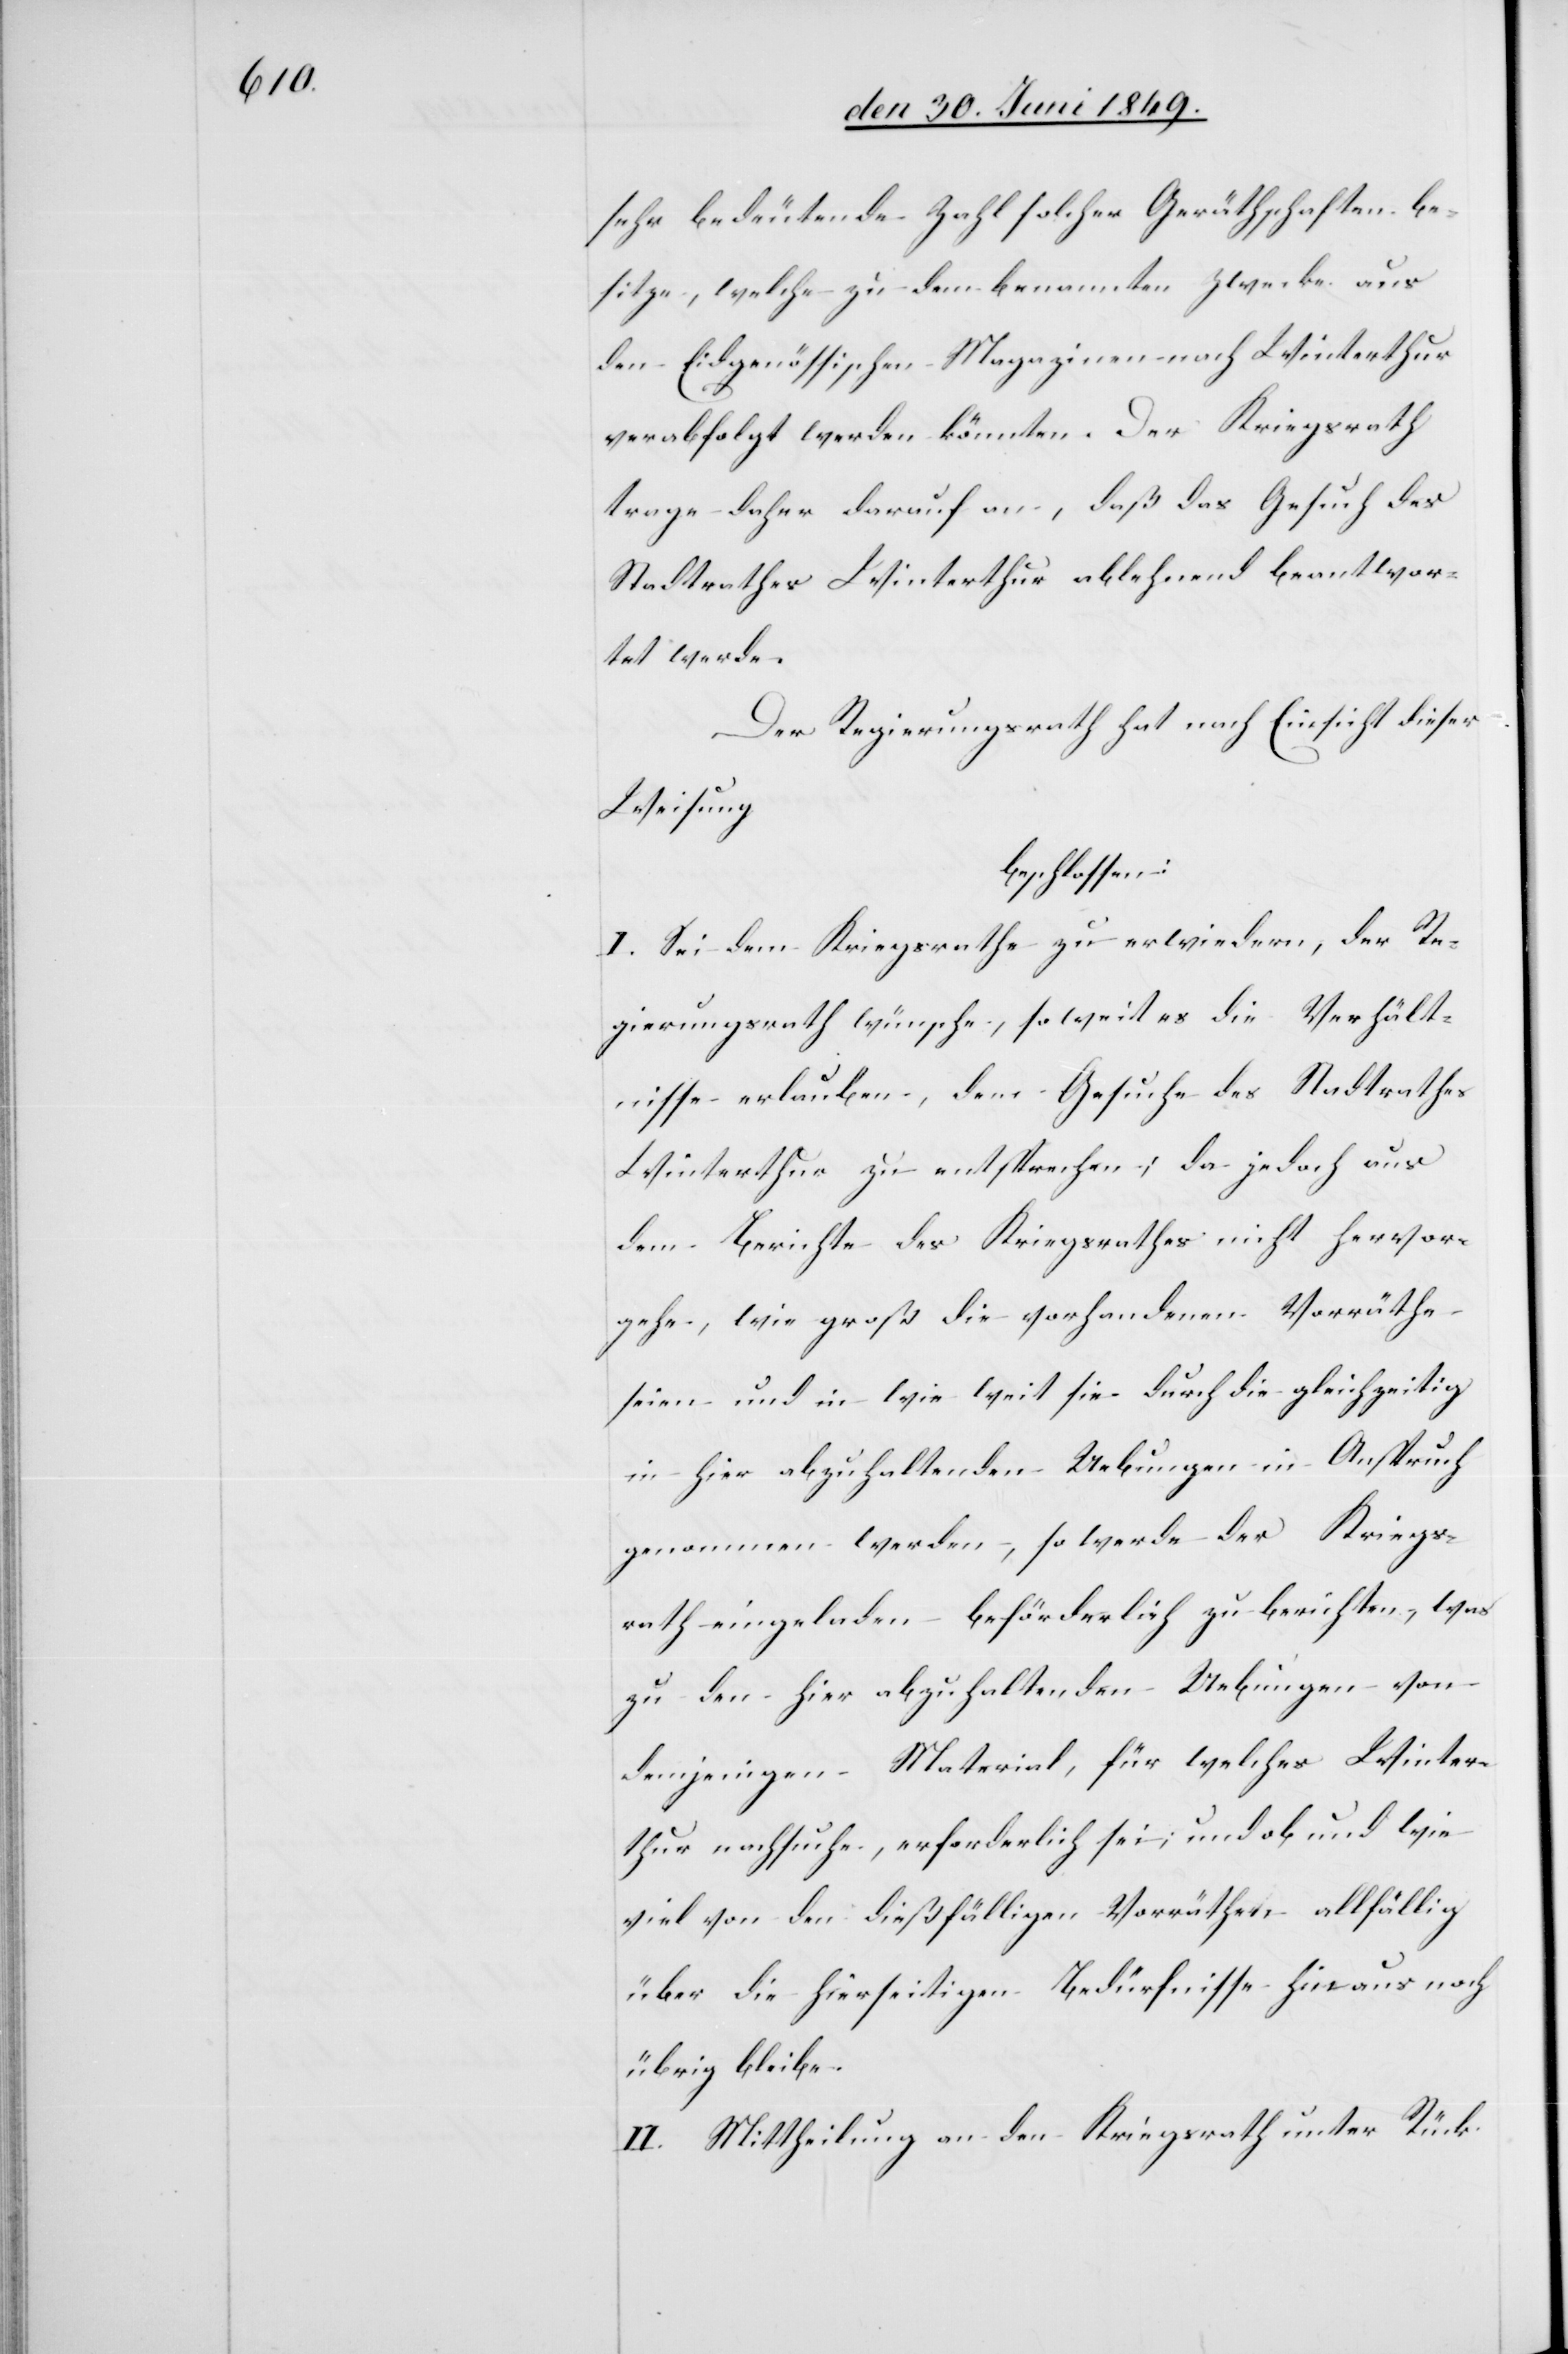
sehr bedeutende Zahl solcher Geräthschaften be¬
sitze, welche zu dem benannten Zwecke aus
den Eidgenössischen Magazinen nach Winterthur
verabfolgt werden könnten. Der Kriegsrath
trage daher darauf an, daß das Gesuch des
Stadtrathes Winterthur ablehnend beantwor¬
tet werde.
Der Regierungsrath hat nach Einsicht dieser
Weisung
beschlossen:
I. Sei dem Kriegsrathe zu erwiedern, der Re¬
gierungsrath wünsche, so weit es die Verhält¬
nisse erlauben, dem Gesuche des Stadtrathes
Winterthur zu entsprechen; da jedoch aus
dem Berichte des Kriegsrathes nicht hervor¬
gehe, wie groß die vorhandenen Vorräthe
seien und in wie weit sie durch die gleichzeitig
in hier abzuhaltenden Uebungen in Anspruch
genommen werden, so werde der Kriegs¬
rath eingeladen beförderlich zu berichten, was
zu den hier abzuhaltenden Uebungen von
demjenigen Material, für welches Winter¬
thur nachsuche, erforderlich sei; und ob und wie
viel von den dießfälligen Vorräthen allfällig
über die hierseitigen Bedürfnisse hin aus noch
übrig bleibe.
II.Mittheilung an den Kriegsrath unter Rück-